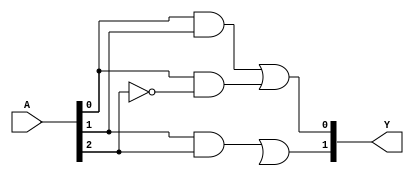
module PLA (
    input wire [N-1:0] A,  // Input signals (A, B, C, etc.)
    output wire [M-1:0] Y  // Output signals (Y1, Y2, etc.)
);
    parameter N = 3;  // Number of inputs (e.g., A, B, C)
    parameter M = 2;  // Number of outputs (e.g., Y1, Y2)
    parameter P = 4;  // Number of product terms in AND plane

    // AND plane: programmable AND gates
    wire [P-1:0] and_out [N-1:0]; // Outputs from AND gates

    // Example connections for AND gates (can be programmed)
    assign and_out[0] = A[0] & A[1]; // AND gate 1
    assign and_out[1] = A[0] & ~A[2]; // AND gate 2
    assign and_out[2] = A[1] & A[2]; // AND gate 3
    assign and_out[3] = ~A[0] & A[1] & A[2]; // AND gate 4

    // OR plane: programmable OR gates
    wire [M-1:0] or_out; // Outputs from OR gates

    // Example connections for OR gates (can be programmed)
    assign Y[0] = and_out[0] | and_out[1]; // Output Y1
    assign Y[1] = and_out[2] | and_out[3]; // Output Y2

endmodule